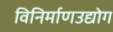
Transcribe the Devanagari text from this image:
विनिर्माणउद्योग